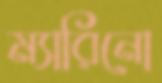
ম্যারিনো